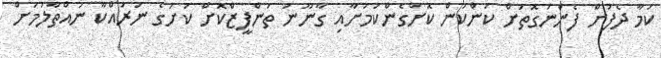
ކަމާ ދެފުށް ފެންނަގޮތަށް ކަންކަން ކޮށްގެންކަމަށާއި ގާނޫނު ތަންފީޒްކޮށް ކުށުގެ ނުރައްކާ ނައްތާލުމަށް